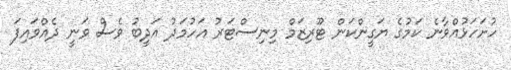
ހުށަހަޅުއްވާނެ ކަމުގެ ޔަގީންކަން ޓޫރިޒަމް މިނިސްޓަރު އަހުމަދު އަދީބު ވެސް ވަނީ ދެއްވައިފަ